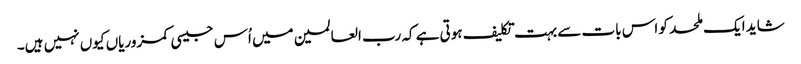
شاید ایک ملحد کو اس بات سے بہت تکلیف ہوتی ہے کہ رب العالمین میں اُس جیسی کمزوریاں کیوں نہیں ہیں۔